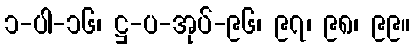
၁-ပါ-၁၆၊ ဋ္ဌ-ပ-အုပ်-၉၆၊ ၉၇၊ ၉၈၊ ၉၉။